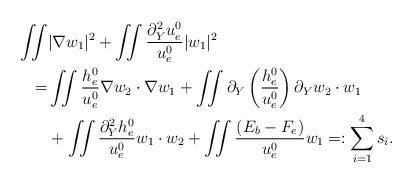
LaTeX: \begin{align*}\begin{aligned}\iint &|\nabla w_1|^2+\iint \frac{\partial_Y^2u^0_e}{u^0_e}|w_1|^2\\=&\iint\frac{h^0_e}{u^0_e}\nabla w_2\cdot\nabla w_1+\iint\partial_Y\left(\frac{h^0_e}{u^0_e}\right)\partial_Yw_2\cdot w_1\\&+\iint\frac{\partial_Y^2h^0_e}{u^0_e}w_1\cdot w_2+\iint\frac{(E_b-F_e)}{u^0_e}w_1=:\sum_{i=1}^4 s_i.\end{aligned}\end{align*}